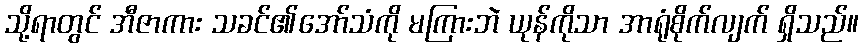
သို့ရာတွင် အီဇာကား သခင်၏အော်သံကို မကြားဘဲ ယုန်ကိုသာ အာရုံစိုက်လျက် ရှိသည်။